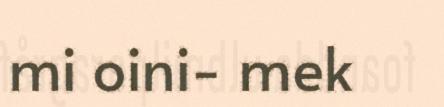
mi oini- mek